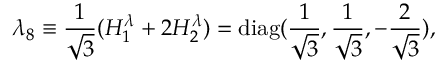
\lambda _ { 8 } \equiv \frac { 1 } { \sqrt 3 } ( H _ { 1 } ^ { \lambda } + 2 H _ { 2 } ^ { \lambda } ) = \mathrm { d i a g } ( \frac { 1 } { \sqrt 3 } , \frac { 1 } { \sqrt 3 } , - \frac { 2 } { \sqrt 3 } ) ,